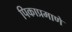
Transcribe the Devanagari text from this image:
पिकाप्रमाणे